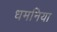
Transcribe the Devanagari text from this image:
धमनिया